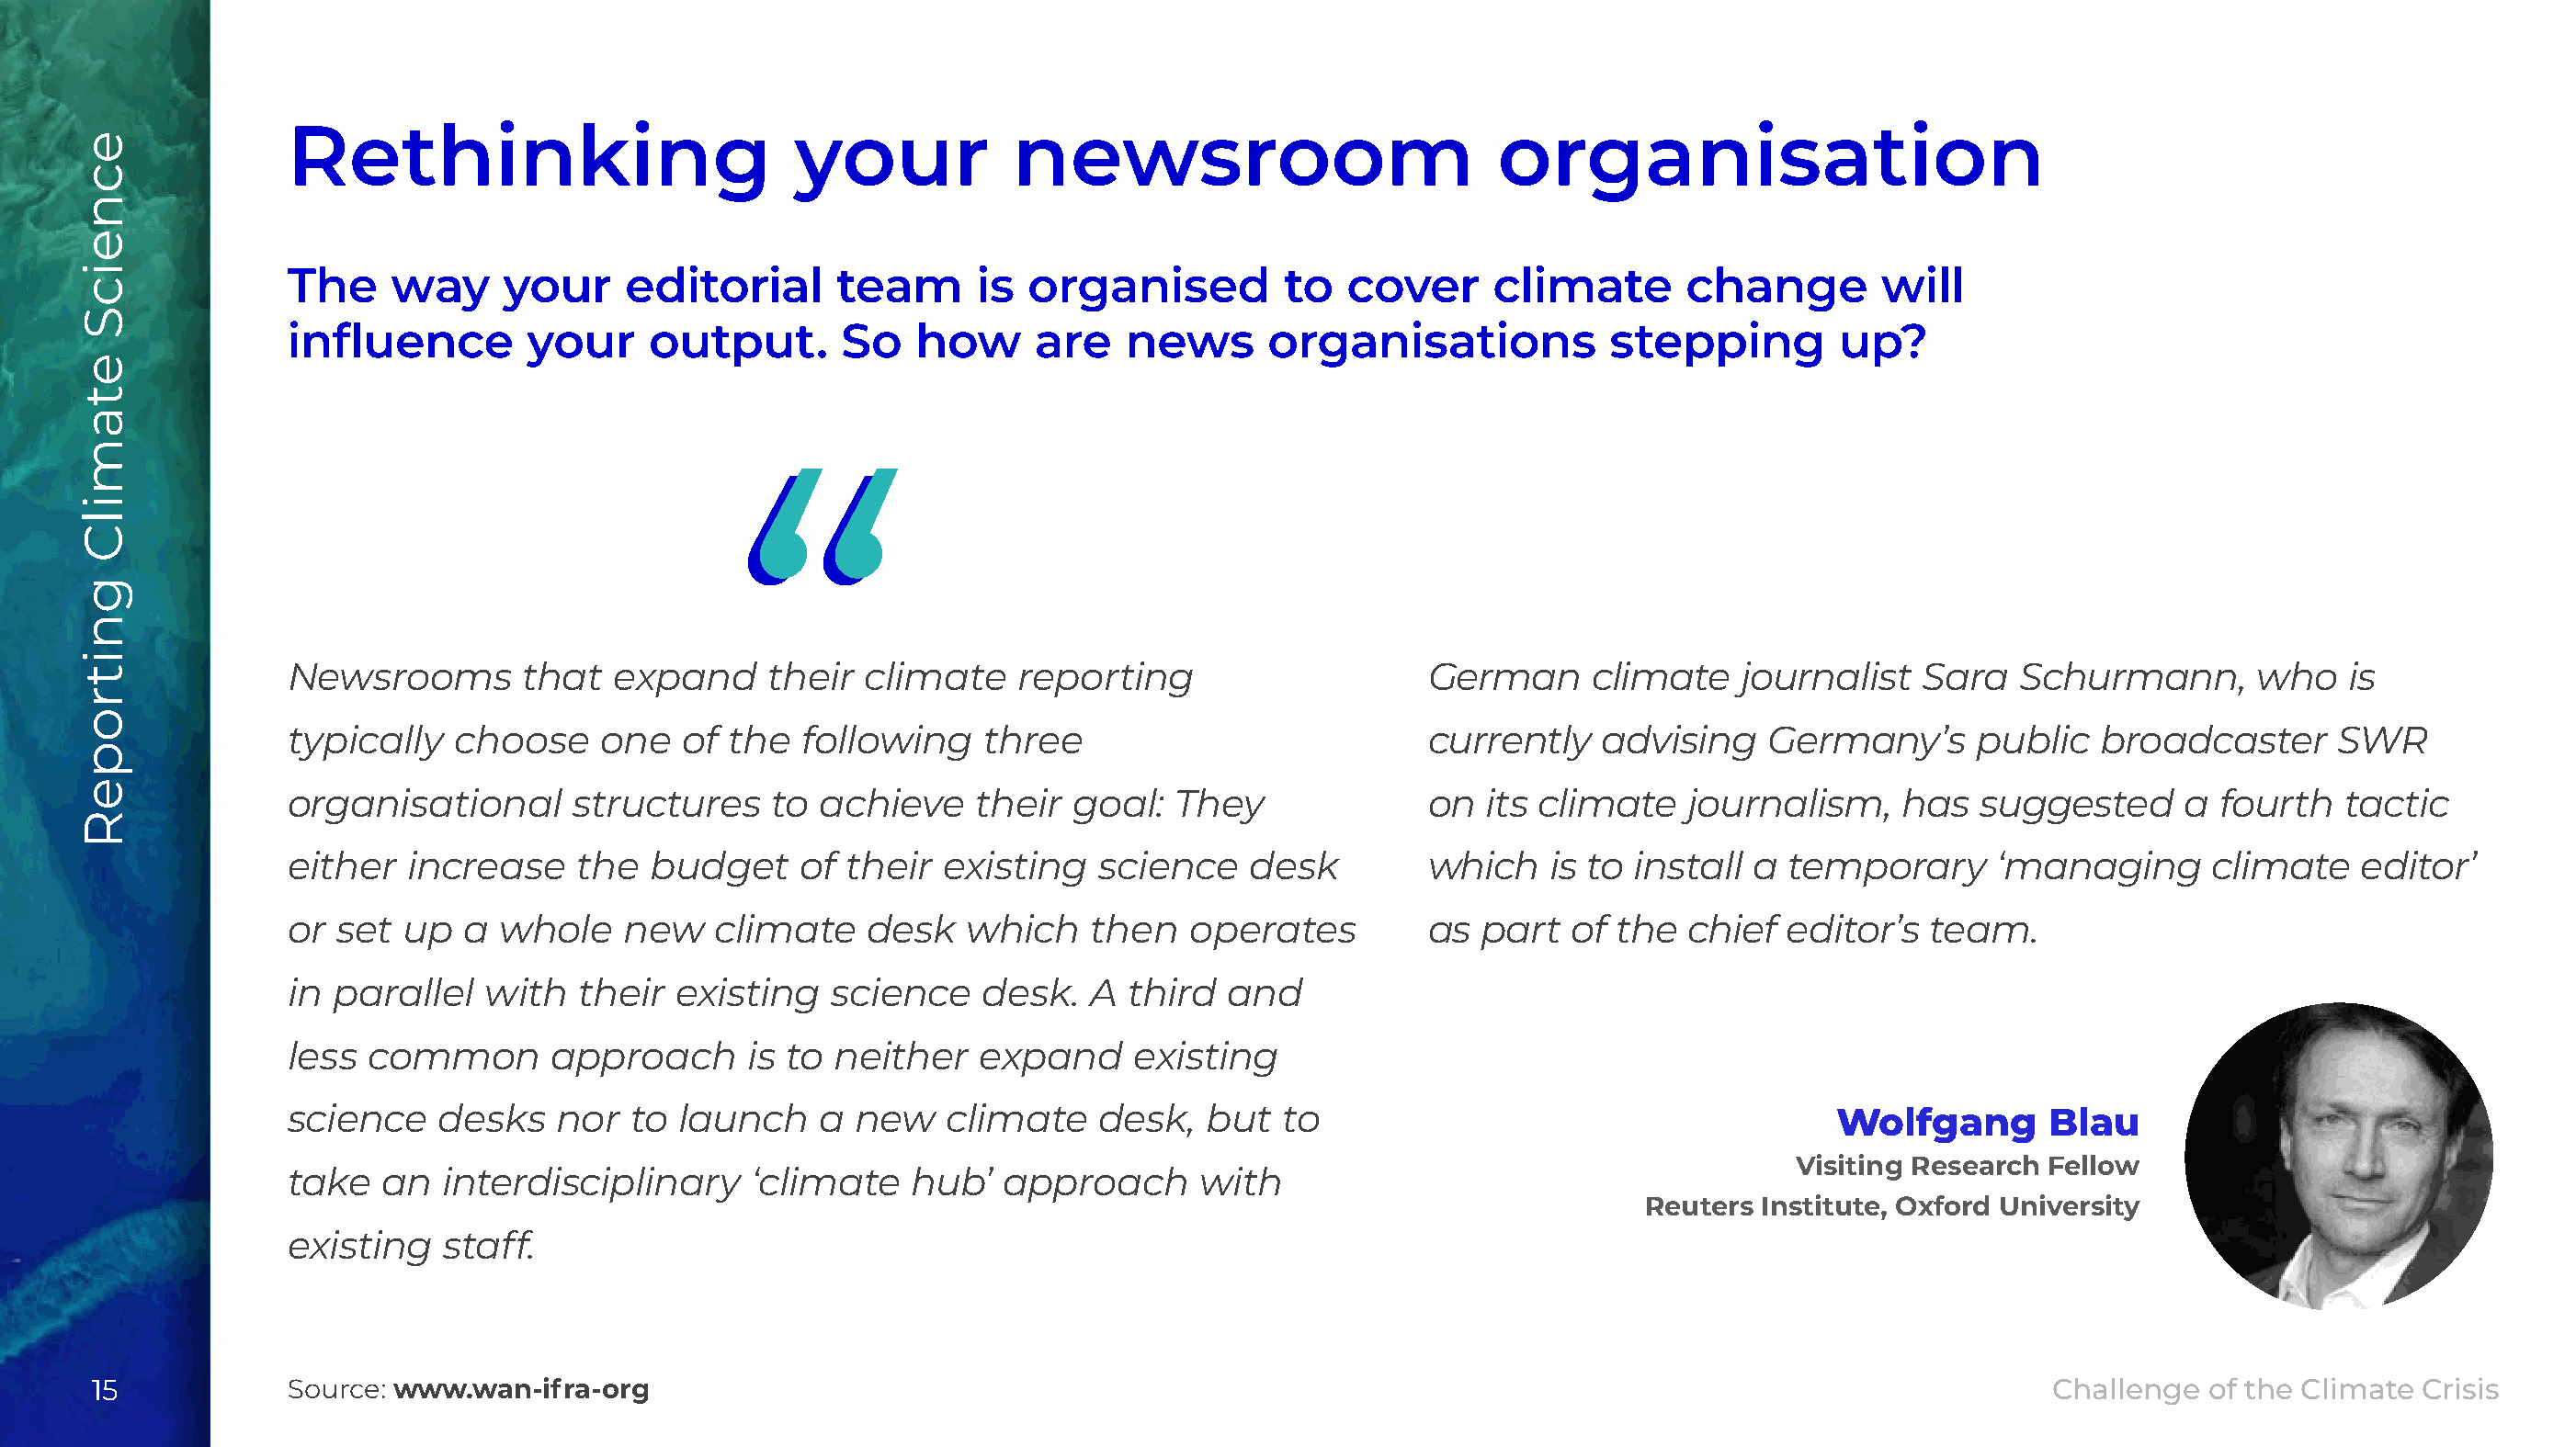
Rethinking                          your            newsroom                           organisation
 TThhee wwaayy  yyoouurr eeddiittoorriiaall tteeaamm iiss oorrggaanniisseedd ttoo ccoovveerr cclliimmaattee cchhaannggee wwiillll
 iinnflfluueennccee yyoouurr oouuttppuutt.. SSoo hhooww aarree nneewwss oorrggaanniissaattiioonnss sstteeppppiinngg uupp??
 Newsrooms        that  expand     their  climate    reporting                     German      climate   journalist   Sara   Schurmann,        who   is
 typically   choose    one   of the   following    three                           currently   advising    Germany’s      public   broadcaster      SWR
 organisational      structures     to achieve    their  goal:   They              on  its climate    journalism,    has   suggested     a  fourth   tactic
 either  increase     the  budget     of their  existing   science    desk         which    is to install a  temporary      ‘managing      climate    editor’
 or set  up  a  whole    new    climate   desk    which    then   operates         as  part  of the   chief  editor’s  team.
 in parallel   with   their  existing   science    desk.  A  third  and
 less common        approach      is to neither    expand     existing
 science    desks   nor  to  launch    a  new   climate    desk,   but  to                                      Wolfgang        Blau
 Visiting Research  Fellow
 take  an   interdisciplinary     ‘climate    hub’  approach      with
 Reuters  Institute, Oxford University
 existing   staff.
 15            Source: www.wan-ifra-org                                                                                                       Challenge  of the Climate Crisis
 ecneicS
 etamilC
 gnitropeR